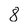
Character: 8